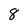
Character: 8